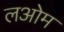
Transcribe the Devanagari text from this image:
लओम